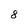
Character: 8